Vaccination in Bombay 1913-1923 - 1913-1923
Year: 1913
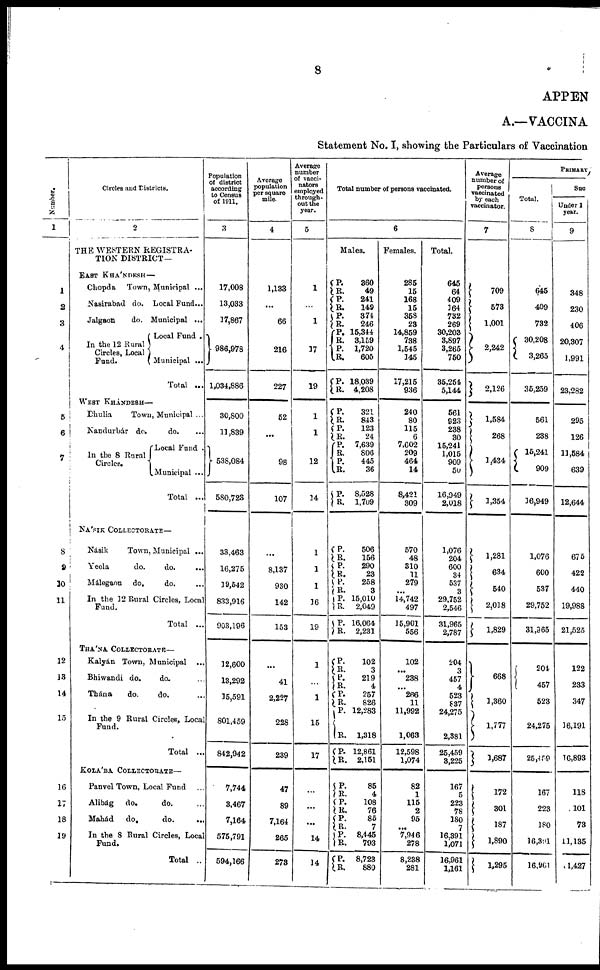
8
APPEN
A.—VACCINA
Statement No. I, showing the Particulars of Vaccination
Number.
1
1
2
3
4
5
6
7
8
9
10
11
12
13
14
15
16
17
18
19
Circles and Districts.
2
THE WESTERN REGISTRA
TION DISTRICT—
EAST KHÁNDESH—
Chopda Town, Municipal ...
Nasirabađ do. Local Fund...
Jalgaon
do. Municipal ...
In the 12 Rural
Circles, Local
Fund.
Local Fund .
Municipal ...
Total ...
WEST KHÁNDESH—
Dhulia
Town, Municipal ...
Nandurbár do.
do. ...
In the 8 Rural
Circles.
Local Fund .
Municipal ...
Total ...
NÁSIK COLLECTORATE—
Násik
Town, Municipal ...
Yeola
do.
do.
...
Málegaon do.
do. ...
In the 12 Rural Circles, Local
Fund.
Total ...
THÁNA COLLECTORATE—
Kalyán Town, Municipal ...
Bhiwandi do.
do. ...
Thána
do.
do. ...
In the 9 Rural Circles, Local
Fund.
Total ...
KOLÁBA COLLECTORATE—
Panvel Town, Local Fund ...
Alibág do.
do. ...
Mahád
do.
do. ...
In the 8 Rural Circles, Local
Fund.
Total ..
Population
of district
according
to Census
of 1911.
3
17,008
13,033
17,867
986,978
1,034,886
30,800
11,839
538,084
580,723
33,463
16,275
19,542
833,916
903,196
12,600
13,292
15,591
801,459
842,942
7,744
3,467
7,164
575,791
594,166
Average
population
per square
mile.
4
1,133
...
66
216
227
52
...
98
107
...
8,137
930
142
153
...
41
2,227
228
239
47
89
7,164
265
278
Average
number
of vacci¬
nators
employed
through
out the
year.
5
1
...
1
17
19
1
1
12
14
1
1
1
16
19
1
1
15
17
...
...
14
14
Total number of persons vaccinated.
6
Males.
P.
R.
P· R.
P.
R·
P·
R.
P·
R.
P.
R.
P.
R.
P.
R.
P. R.
P.
R.
P.
R.
360
49
241
149
374
246
15,344
3,159
1,720
605
18,039
4,208
321
843
123
24
7,639
806
445
36
8,528
1,709
P·
R.
P.
R.
P.
R.
P·
R.
P.
R.
506
156
290
23
258
3
15,010
2,049
16,064
2,231
P. R.
P. R.
P.
R.
P.
R.
P.
R.
102
3
219
4
257
826
12,283
1,318
12,861
2,151
P.
R. P.
R.
P.
R.
P·
R.
P.
R.
85
4
108
76
85
7
8,445
793
8,723
880
Females.
285
15
168
15
358
23
14,859
738
1,545
145
17,215
936
240
80
115
6
7,602
209
464
14
8,421
309
570
48
310
11
279
...
14,742
497
15,901
556
102
...
238
...
266
11
11,992
1,063
12,598
1,074
82
1
115
2
95
...
7,946
278
8,238
281
Total.
645
64
409
164
732
269
30,203
3,897
3,265
750
35,254
5,144
561
923
238
30
15,241
1,015
909
50
16,949
2,018
1,076
204
600
34
537
3
29,752
2,546
31,965
2,787
204
3
457
4
523
637
24,275
2,381
25,459
3,225
167
5
223
78
180
7
16,391
1,071
16,961
1,161
Average
number of
persons
vaccinated
by each
vaccinator.
7
709
573
1,001
2,242
2,126
1,584
268
1,434
1,354
1,281
634
540
2,018
1,829
668
1,360
1,777
1,687
172
301
187
1,890
1,295
PRIMARY.
Total.
8
645
409
732
30,208
3,265
35,259
561
238
15,241
909
16,949
1,076
600
537
29,752
31,965
204
457
523
24,275
25,459
167
223
180
16,391
16,901
Suc
Under 1
year.
9
348
230
406
20,307
1,991
23,282
295
126
11,584
639
12,644
675
422
440
19,988
21,525
122
233
347
16,191
16,893
118
101
73
11,135
11,427